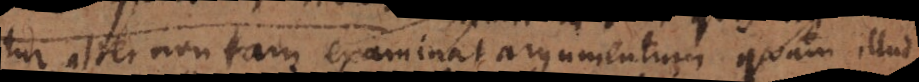
tur alter non tam examinat argumentum quam illud